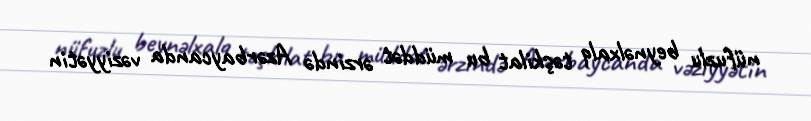
nüfuzlu beynəlxalq təşkilat bu müddət ərzində Azərbaycanda vəziyyətin